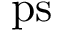
\mathrm { p s }